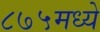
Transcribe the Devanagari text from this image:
८७५मध्ये